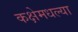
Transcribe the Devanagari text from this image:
कक्षेमधल्या